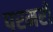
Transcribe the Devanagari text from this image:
परमरों